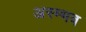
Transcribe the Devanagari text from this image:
अस्म्भव